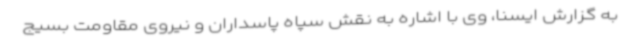
به گزارش ایسنا، وی با اشاره به نقش سپاه پاسداران و نیروی مقاومت بسیج